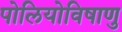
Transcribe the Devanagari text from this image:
पोलियोविषाणु